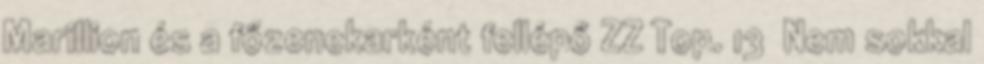
Marillion és a főzenekarként fellépő ZZ Top. 13 Nem sokkal